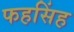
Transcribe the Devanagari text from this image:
फहसिंह